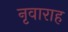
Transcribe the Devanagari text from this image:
नृवाराह